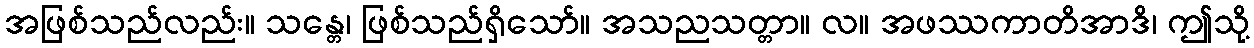
အဖြစ်သည်လည်း။ သန္တေ၊ ဖြစ်သည်ရှိသော်။ အသညသတ္တာ။ လ။ အဖဿကာတိအာဒိ၊ ဤသို့